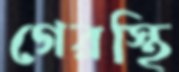
গেরস্থি